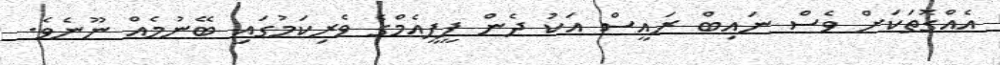
އެއްގޮތަކަށް ވެސް ނައިބް ރައީސް އަކު ދެން ޕީޕީއެމްގެ ވެރިކަމުގައި ބޭނުމެއް ނޫނެވެ.